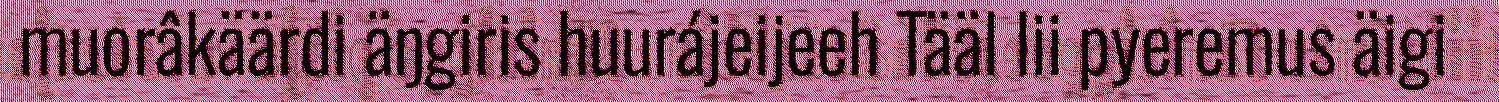
muorâkäärdi äŋgiris huurájeijeeh Tääl lii pyeremus äigi